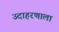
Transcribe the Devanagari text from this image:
उदाहरणाला